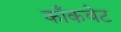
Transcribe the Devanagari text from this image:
काँकवेट